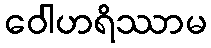
ဝေါဟရိဿာမ